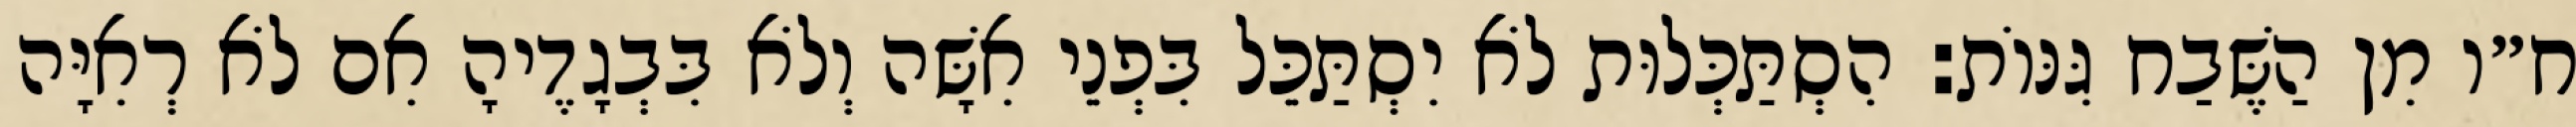
ח״ו מִן הַשֶּׁבַח גִּנּוֹת: הִסְתַּכְּלוּת לֹא יִסְתַּכֵּל בִּפְנֵי אִשָּׁה וְלֹא בִּבְגָדֶיהָ אִם לֹא רְאִיָּה